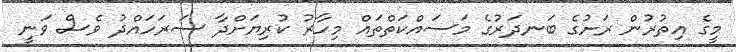
މީގެ އިތުރުން ރަށުގެ ބަނދަރުގެ މަސައްކަތްތައް މިހާރު ކުރިޔަށްދާ ސަރަހައްދު ވެސް ވަނީ